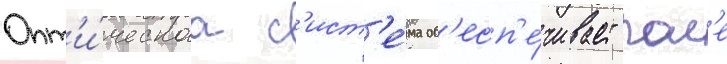
Опт'и́ческаа с'ист'е́ма об'есп'е́чивает пол'е